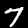
Label: 7